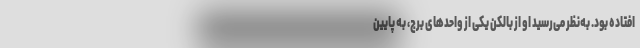
افتاده بود. به‌نظر می‌رسید او از بالکن یکی از واحدهای برج، به پایین